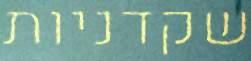
שקדניות